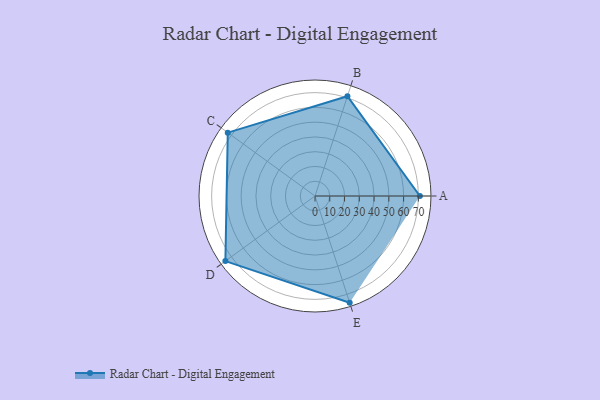
{"axis": {"x": "Skill", "y": "Score"}, "legend": ["Profile"], "data": [{"x": "A", "y": 71.0, "type": "Profile"}, {"x": "B", "y": 71.0, "type": "Profile"}, {"x": "C", "y": 73.0, "type": "Profile"}, {"x": "D", "y": 75.0, "type": "Profile"}, {"x": "E", "y": 76.0, "type": "Profile"}]}